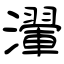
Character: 瀈